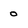
Character: 0